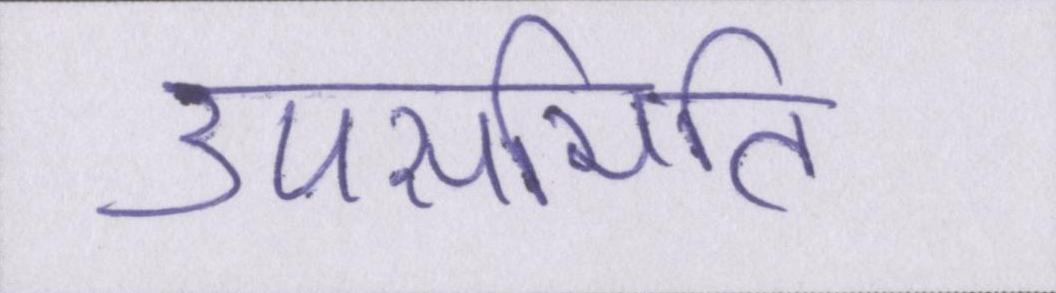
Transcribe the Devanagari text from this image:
उपसमिति